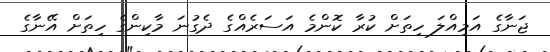
ޖަނާގެ އަމިއްލަ ހިތަށް ކުރާ ކޮންމެ އަސަރެއްގެ ދެގުނަ މާކިންގެ ހިތަށް އޭނާގެ